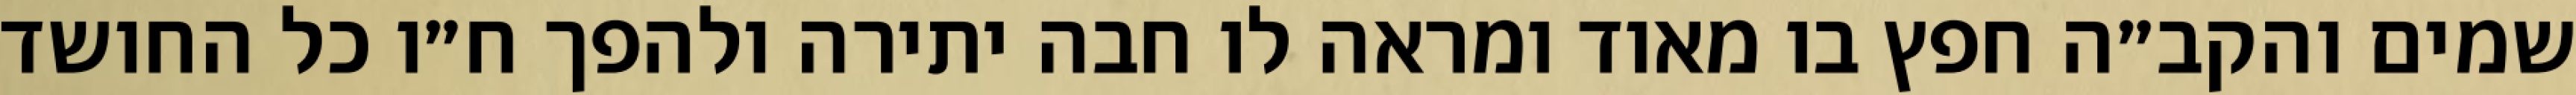
שמים והקב״ה חפץ בו מאוד ומראה לו חבה יתירה ולהפך ח״ו כל החושד